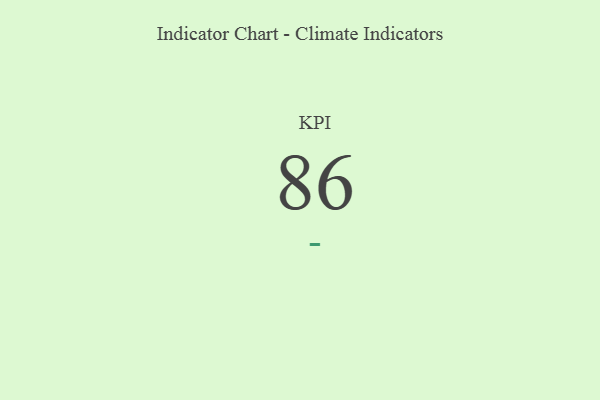
{"axis": {"x": "KPI", "y": "Value"}, "legend": [""], "data": [{"x": "KPI", "y": 86, "type": ""}]}